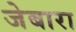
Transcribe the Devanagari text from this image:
जेबारा